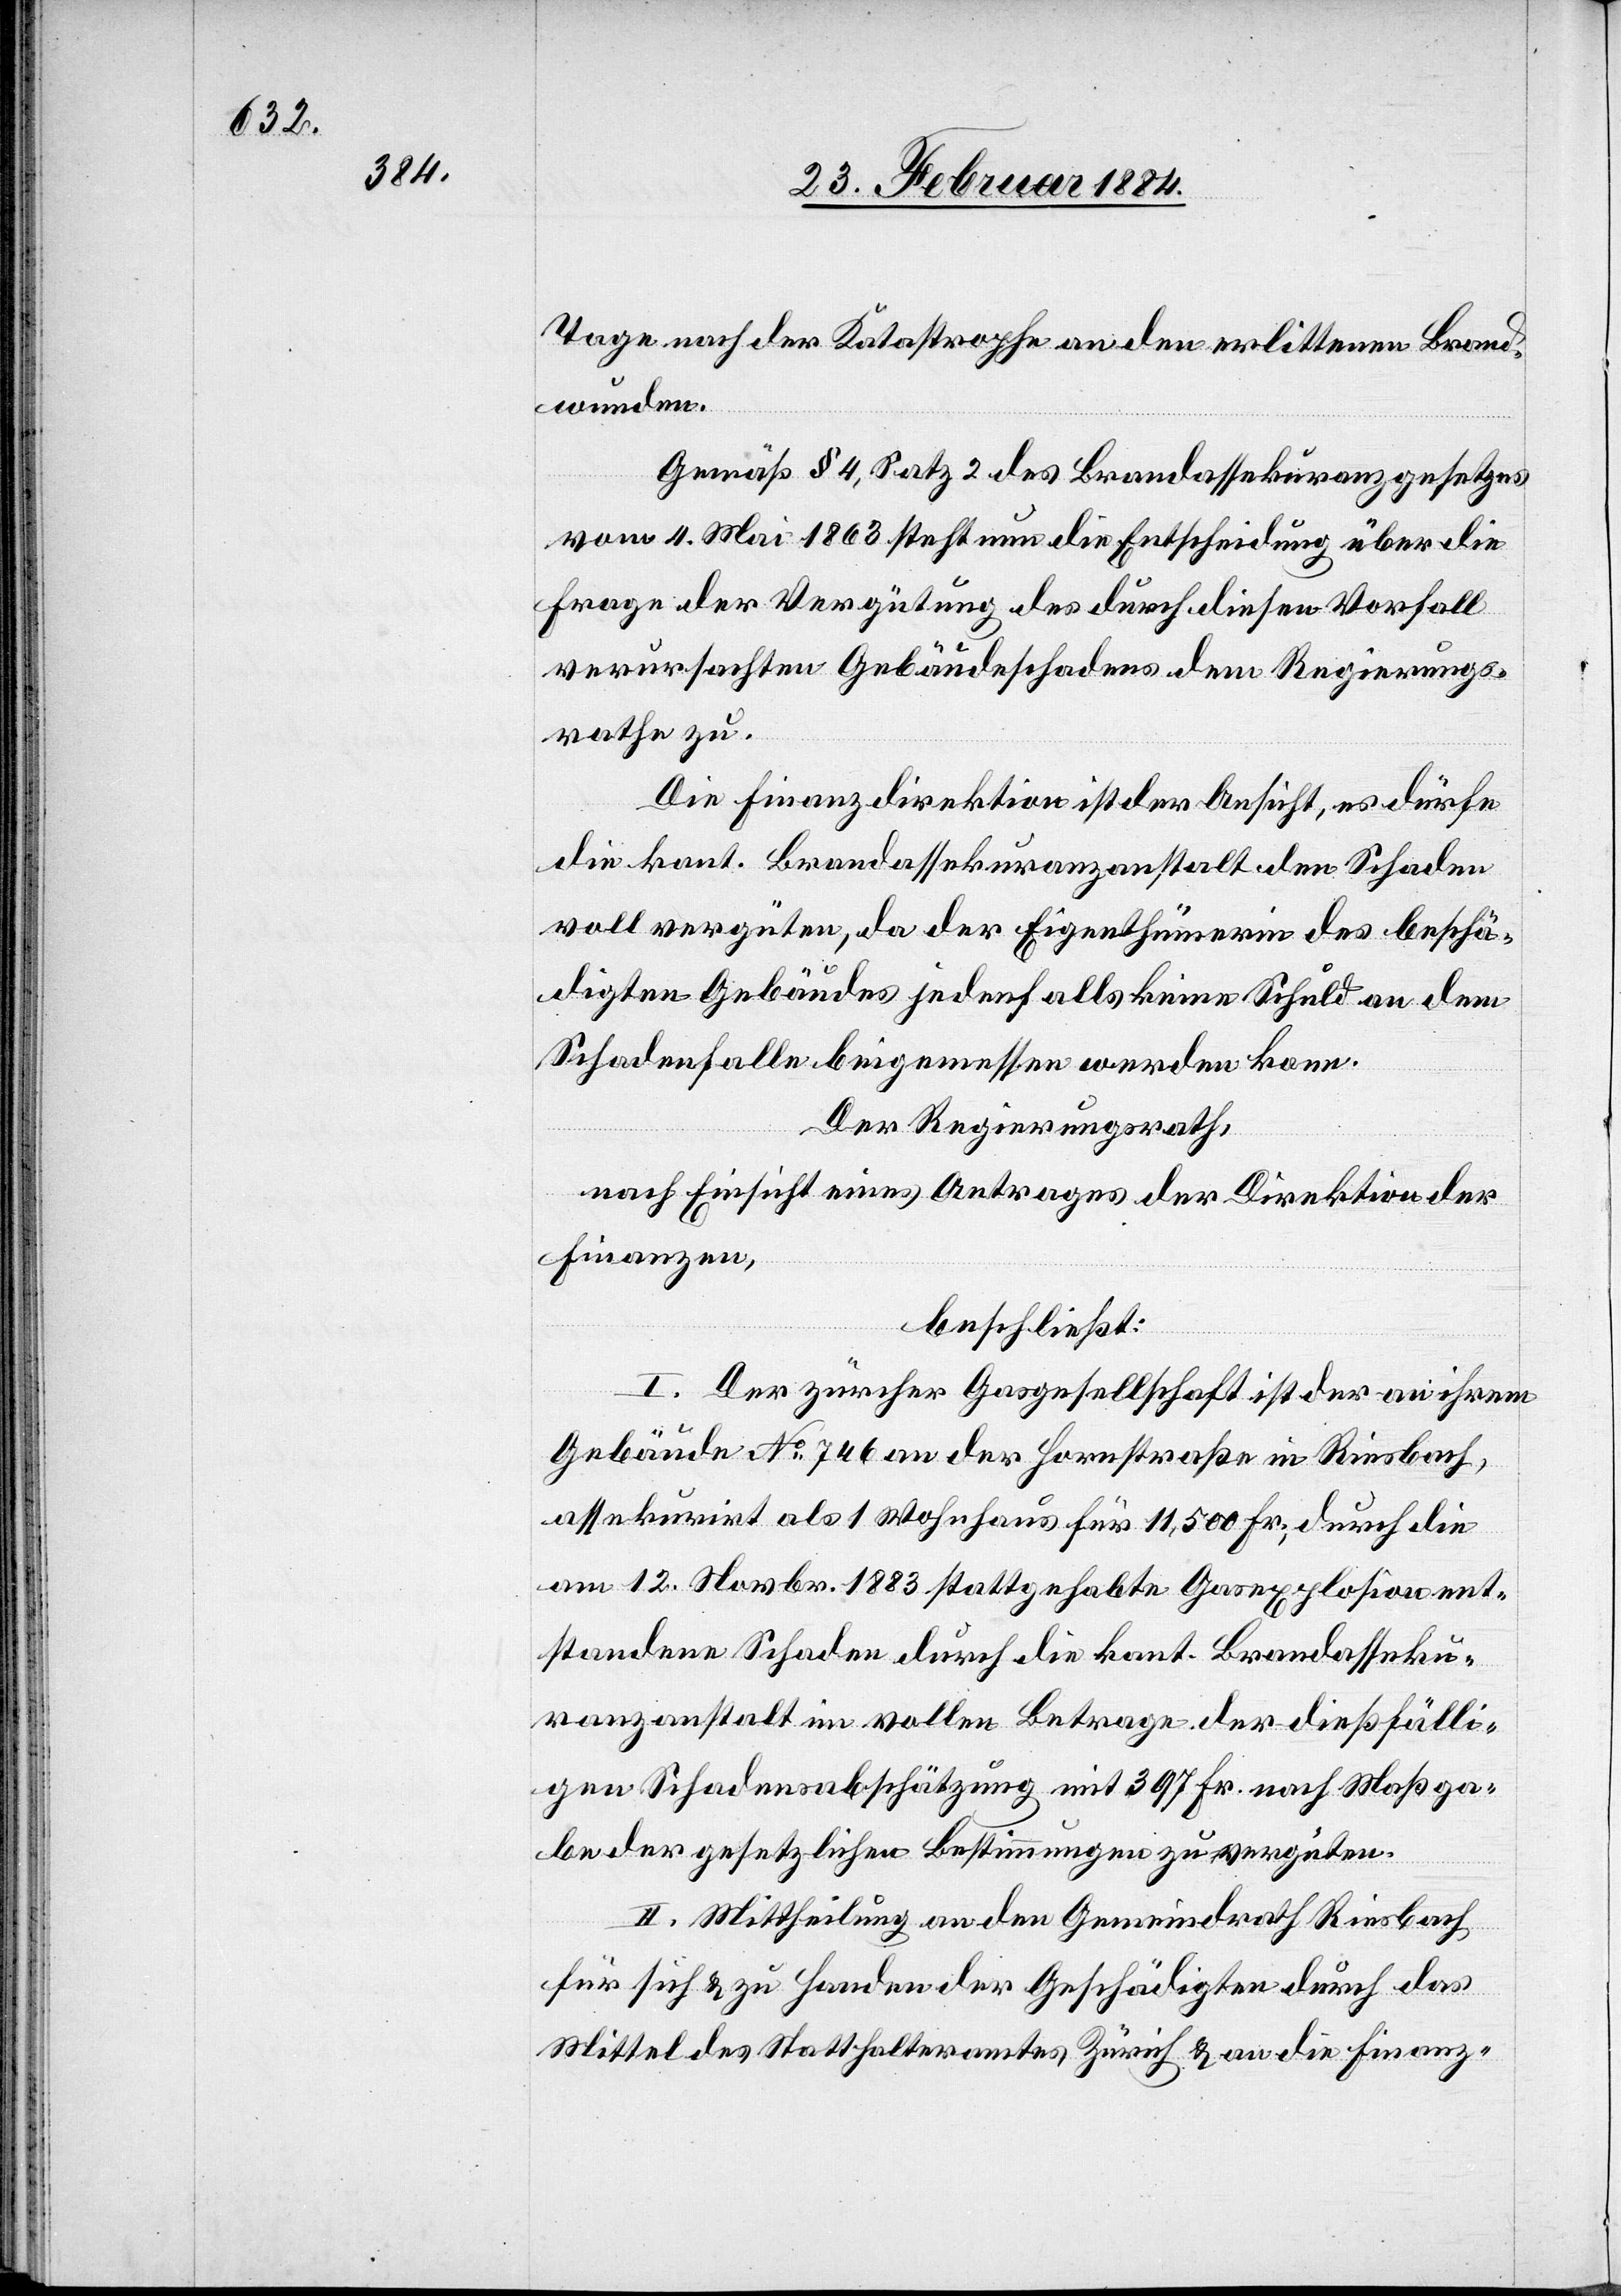
Tage nach der Katastrophe an den erlittenen Brand¬
wunden.
Gemäß § 4, Satz 2 des Brandassekuranzgesetzes
vom 4. Mai 1863 steht nun die Entscheidung über die
Frage der Vergütung des durch diesen Vorfall
verursachten Gebäudeschadens dem Regierungs¬
rathe zu.
Die Finanzdirektion ist der Ansicht, es dürfe
die kant. Brandassekuranzanstalt den Schaden
voll vergüten, da der Eigenthümer des beschä¬
digten Gebäudes jedenfalls keine Schuld an dem
Schadenfalle beigemessen werden kann.
Der Regierungsrath,
nach Einsicht eines Antrages der Direktion der
Finanzen,
beschließt:
I. Der Zürcher Gasgesellschaft ist der an ihrem
Gebäude No 746 an der Hornstraße in Riesbach,
assekurirt als 1 Wohnhaus für 11,500 Fr., durch die
am 12. Novbr. 1883 stattgehabte Gasexplosion ent¬
standene Schaden durch die kant. Brandasseku¬
ranzanstalt in vollem Betrage der dießfälli¬
gen Schadensabschätzung mit 397 Fr. nach Maßga¬
be der gesetzlichen Bestimmungen zu vergüten.
II. Mittheilung an den Gemeindrath Riesbach
für sich & zu Handen der Geschädigten durch das
Mittel des Statthalteramtes Zürich & an die Finanz-